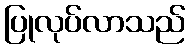
ပြုလုပ်လာသည်